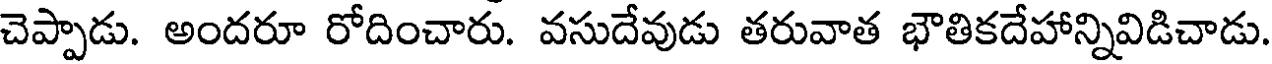
చెప్పాడు. అందరూ రోదించారు. వసుదేవుడు తరువాత భౌతికదేహాన్నివిడిచాడు.